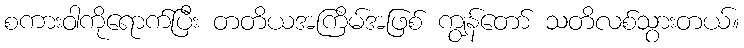
စကားဝါကိုရောက်ပြီး တတိယအကြိမ်အဖြစ် ကျွန်တော် သတိလစ်သွားတယ်။